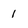
Character: 1